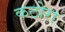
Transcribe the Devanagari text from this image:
कठोरा